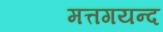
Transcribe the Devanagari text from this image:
मत्तगयन्द